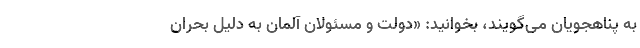
به پناهجویان می‌گویند، بخوانید: «دولت و مسئولان آلمان به دلیل بحران